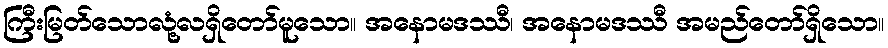
ကြီးမြတ်သောလုံ့လရှိတော်မူသော။ အနောမဒဿီ၊ အနောမဒဿီ အမည်တော်ရှိသော။